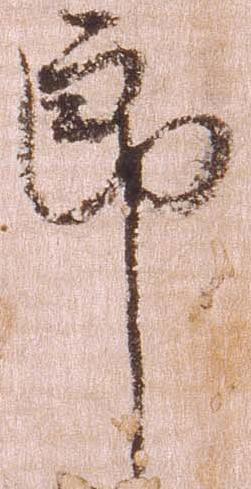
郎